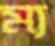
ম্য